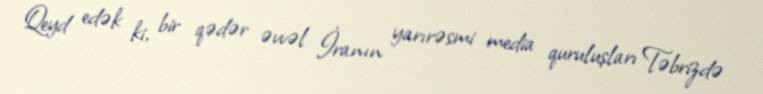
Qeyd edək ki, bir qədər əvvəl İranın yarırəsmi media quruluşları Təbrizdə